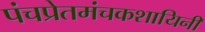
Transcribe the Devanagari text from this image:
पंचप्रेतमंचकशायिनी